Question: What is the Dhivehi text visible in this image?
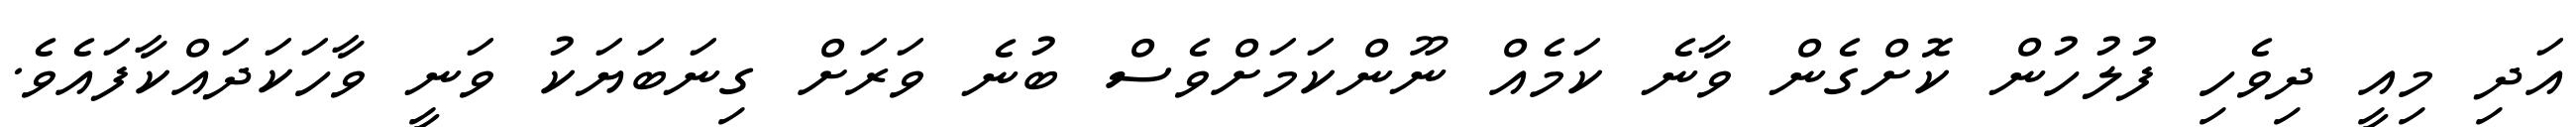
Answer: އަދި މިއީ ދިވެހި ފުލުހުން ކޮށްގެން ވާނެ ކަމެއް ނޫންކަމަށްވެސް ބުނެ ވަރަށް ގިނަބަޔަކު ވަނީ ވާހަކަދައްކާފައެވެ.